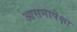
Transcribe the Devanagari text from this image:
आसनापेक्षा